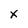
Character: x